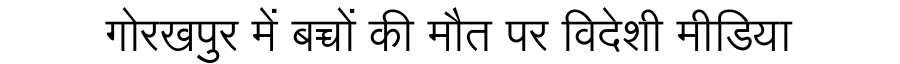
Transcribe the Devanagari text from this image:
गोरखपुर में बच्चों की मौत पर विदेशी मीडिया